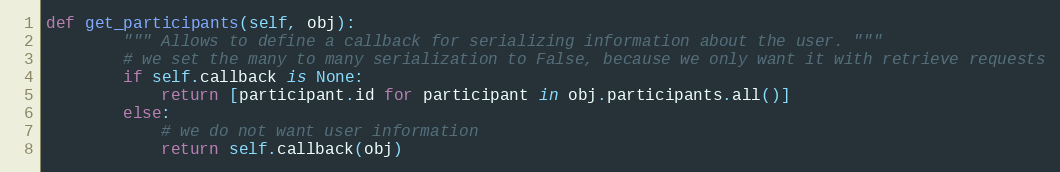
Language: Python
def get_participants(self, obj):
        """ Allows to define a callback for serializing information about the user. """
        # we set the many to many serialization to False, because we only want it with retrieve requests
        if self.callback is None:
            return [participant.id for participant in obj.participants.all()]
        else:
            # we do not want user information
            return self.callback(obj)